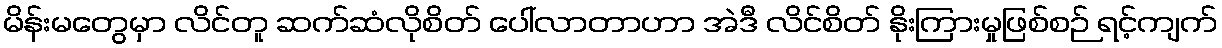
မိန်းမတွေမှာ လိင်တူ ဆက်ဆံလိုစိတ် ပေါ်လာတာဟာ အဲဒီ လိင်စိတ် နိုးကြားမှုဖြစ်စဉ် ရင့်ကျက်